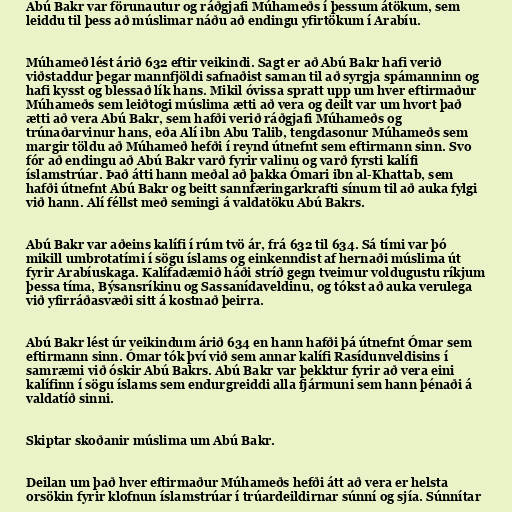
Abú Bakr var förunautur og ráðgjafi Múhameðs í þessum átökum, sem
leiddu til þess að múslimar náðu að endingu yfirtökum í Arabíu.

Múhameð lést árið 632 eftir veikindi. Sagt er að Abú Bakr hafi verið
viðstaddur þegar mannfjöldi safnaðist saman til að syrgja spámanninn og
hafi kysst og blessað lík hans. Mikil óvissa spratt upp um hver eftirmaður
Múhameðs sem leiðtogi múslima ætti að vera og deilt var um hvort það
ætti að vera Abú Bakr, sem hafði verið ráðgjafi Múhameðs og
trúnaðarvinur hans, eða Alí ibn Abu Talib, tengdasonur Múhameðs sem
margir töldu að Múhameð hefði í reynd útnefnt sem eftirmann sinn. Svo
fór að endingu að Abú Bakr varð fyrir valinu og varð fyrsti kalífi
íslamstrúar. Það átti hann meðal að þakka Ómari ibn al-Khattab, sem
hafði útnefnt Abú Bakr og beitt sannfæringarkrafti sínum til að auka fylgi
við hann. Alí féllst með semingi á valdatöku Abú Bakrs.

Abú Bakr var aðeins kalífi í rúm tvö ár, frá 632 til 634. Sá tími var þó
mikill umbrotatími í sögu íslams og einkenndist af hernaði múslima út
fyrir Arabíuskaga. Kalífadæmið háði stríð gegn tveimur voldugustu ríkjum
þessa tíma, Býsansríkinu og Sassanídaveldinu, og tókst að auka verulega
við yfirráðasvæði sitt á kostnað þeirra.

Abú Bakr lést úr veikindum árið 634 en hann hafði þá útnefnt Ómar sem
eftirmann sinn. Ómar tók því við sem annar kalífi Rasídunveldisins í
samræmi við óskir Abú Bakrs. Abú Bakr var þekktur fyrir að vera eini
kalífinn í sögu íslams sem endurgreiddi alla fjármuni sem hann þénaði á
valdatíð sinni.

Skiptar skoðanir múslima um Abú Bakr.

Deilan um það hver eftirmaður Múhameðs hefði átt að vera er helsta
orsökin fyrir klofnun íslamstrúar í trúardeildirnar súnní og sjía. Súnnítar